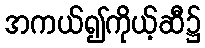
အကယ်၍ကိုယ့်ဆီ၌